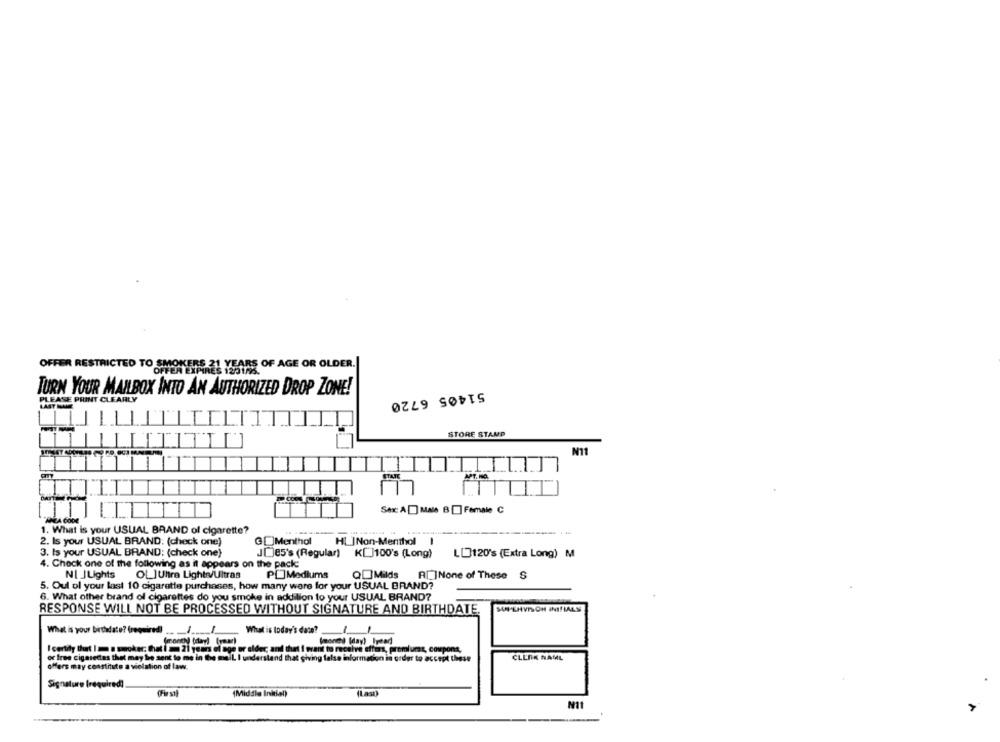
OFFER RESTRICTED TO SMOKE
ONDALE ?! YEARS OF AGE OR OLDER.|
1251/6.
TURN YOUR MAILBOX INTO AN AUTHORIZED DROP ZONE!
PLEASE PRINT CLEARLY
51405 6720
TIT
STORE STAMP
IT
Sex: A Male B ] Female C
1. What is your USUAL BRAND of cigarette?
2. Is your USUAL BRAND: (check one)
@@]Menthol
HI ]Non-Menthal 1
3. Is your USUAL BRAND: (check one)
JO85's (Regular) K[]100's (Long)
LU120's (Extra Long) M
4. Check one of the following as it appears on the pack:
NI JLights
OL]Uhra Lights/Ultras
PLMediums
QUIMilds R __ ]None of These S
5. Oul ol your last 10 cigarette purchases, how many were for your USUAL BRAND?
6. What other brand of cigarettes do you smoke in addition to your USUAL BRAND?
MAPEHVISON INITIALS
RESPONSE WILL NOT BE PROCESSED WITHOUT SIGNATURE AND BIRTHDATE.
What is your birthdate? (required)
1
What is today's date?
1
-
(monchi (day) Ipead)
I certily But I m a smokec. that i = 21 years of age or older; and that I want to receive offers, premiums, coupons,
or free cigarettes that may be sent to me in the mall I understand that giving false information in order to accept these
CLERK NAML
offers may constitute a violation of law.
Signature (required)
(Fir s
(Middle Initial)
N11